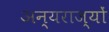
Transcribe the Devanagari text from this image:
अन्यराज्यों